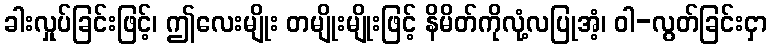
ခါးလှုပ်ခြင်းဖြင့်၊ ဤလေးမျိုး တမျိုးမျိုးဖြင့် နိမိတ်ကိုလုံ့လပြုအံ့၊ ဝါ-လွတ်ခြင်းငှာ